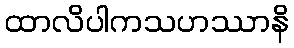
ထာလိပါကသဟဿာနိ